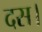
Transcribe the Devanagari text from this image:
दस।